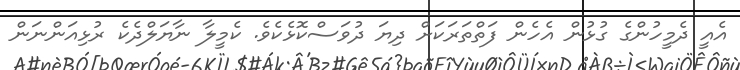
އެއީ ދެމީހުންގެ ގުޅުން އެހެން ފަތްތަރަކަށް ދިޔަ ދުވަސްކޮޅެކެވެ. ކެމީލާ ނާޔަލްދެކެ ރުޅިއަންނަން